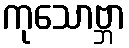
ကုသောဗ္ဘာ